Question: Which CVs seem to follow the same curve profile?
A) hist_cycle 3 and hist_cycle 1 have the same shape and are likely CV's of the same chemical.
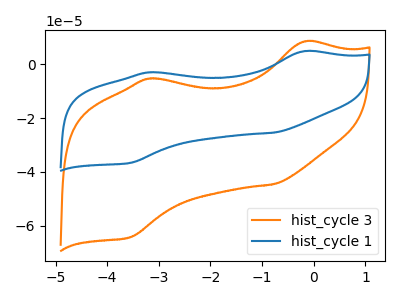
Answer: <think>The orange curve "hist_cycle 3" has anodic peaks at (-0.20V, 8.40uA) (-3.20V, -5.35uA) and cathodic peaks at (-0.75V, -44.55uA) (-3.55V, -64.20uA). The blue curve "hist_cycle 1" has anodic peaks at (-0.20V, 4.80uA) (-3.20V, -3.05uA) and cathodic peaks at (-0.75V, -25.40uA) (-3.55V, -36.65uA).
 All the peaks in "hist_cycle 3" have a peak in "hist_cycle 1" at the same potential.</think>
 <answer>A) "hist_cycle 3" and "hist_cycle 1" have the same shape and are likely CV's of the same chemical.</answer>
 <eval>A</eval>